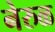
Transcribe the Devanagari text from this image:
नेरुळ